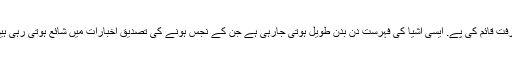
دور حاضر میں خنزیر کے جسم کے مختلف حصوں بالخصوص چربی نے بازار پر زبردست گرفت قائم کی پے. ایسی اشیا کی فہرست دن بدن طویل ہوتی جارہی ہے جن کے نجس ہونے کی تصدیق اخبارات میں شائع ہوتی رہی ہیں. سوال یہ پیدا ہوتا ہے کہ ایسی مصنوعات کا کیا کریں جن میں سور کی چربی کی ہو آمیزش ؟